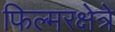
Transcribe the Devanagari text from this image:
फिल्मरक्षेत्रे